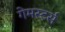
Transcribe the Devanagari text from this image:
गेमस्टर्स